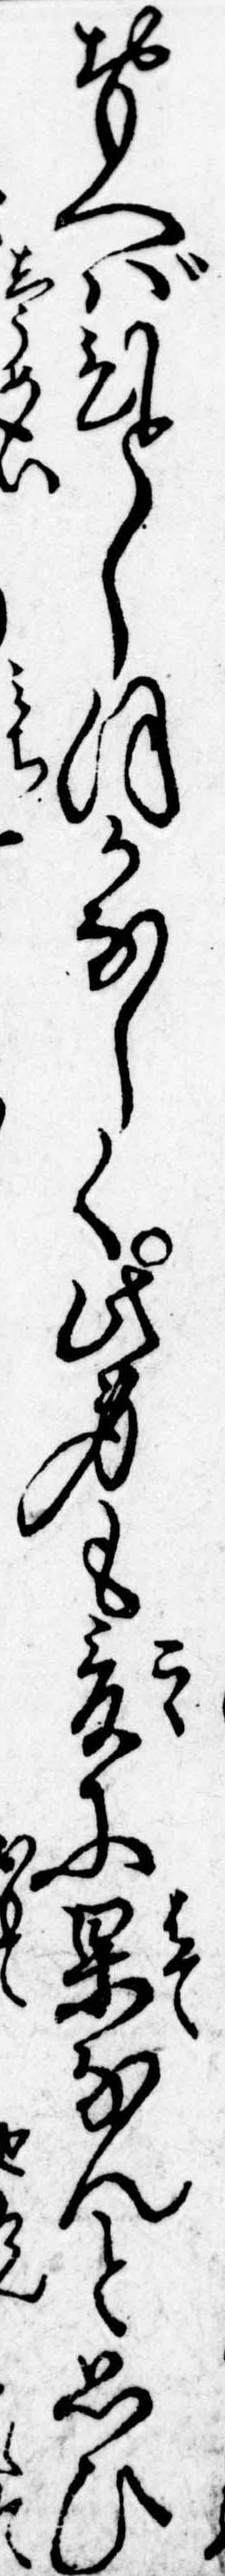
おもへばひとしほかなしく此身も爰に果なんと思ひ